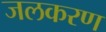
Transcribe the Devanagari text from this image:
जलकरण